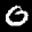
Label: 0